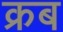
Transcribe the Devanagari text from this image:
क्रब